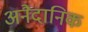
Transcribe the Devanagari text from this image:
अनैदानिक